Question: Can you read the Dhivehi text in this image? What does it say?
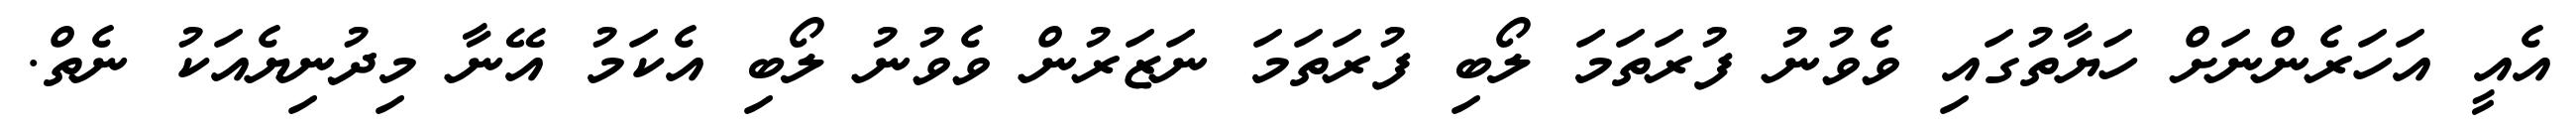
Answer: އެއީ އަހަރެންނަށް ހަޔާތުގައި ވެވުނު ފުރަތަމަ ލޯބި ފުރަތަމަ ނަޒަރުން ވެވުނު ލޯބި އެކަމު އޭނާ މިދުނިޔެއަކު ނެތް.